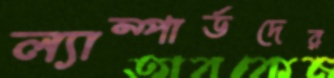
ল্যাম্পার্ডদের